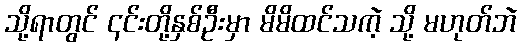
သို့ရာတွင် ၎င်းတို့နှစ်ဦးမှာ မိမိထင်သကဲ့ သို့ မဟုတ်ဘဲ